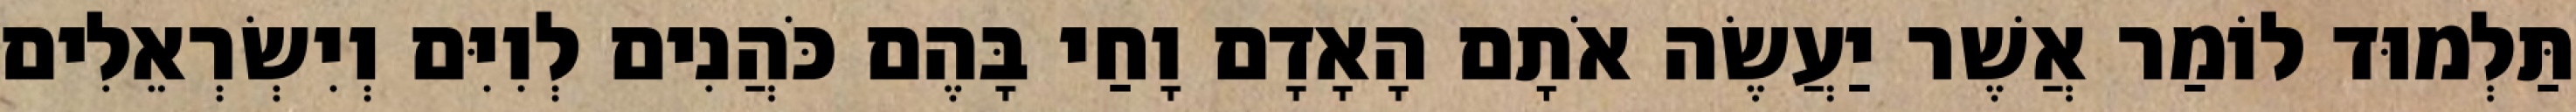
תַּלְמוּד לוֹמַר אֲשֶׁר יַעֲשֶׂה אֹתָם הָאָדָם וָחַי בָּהֶם כֹּהֲנִים לְוִיִּם וְיִשְׂרְאֵלִים